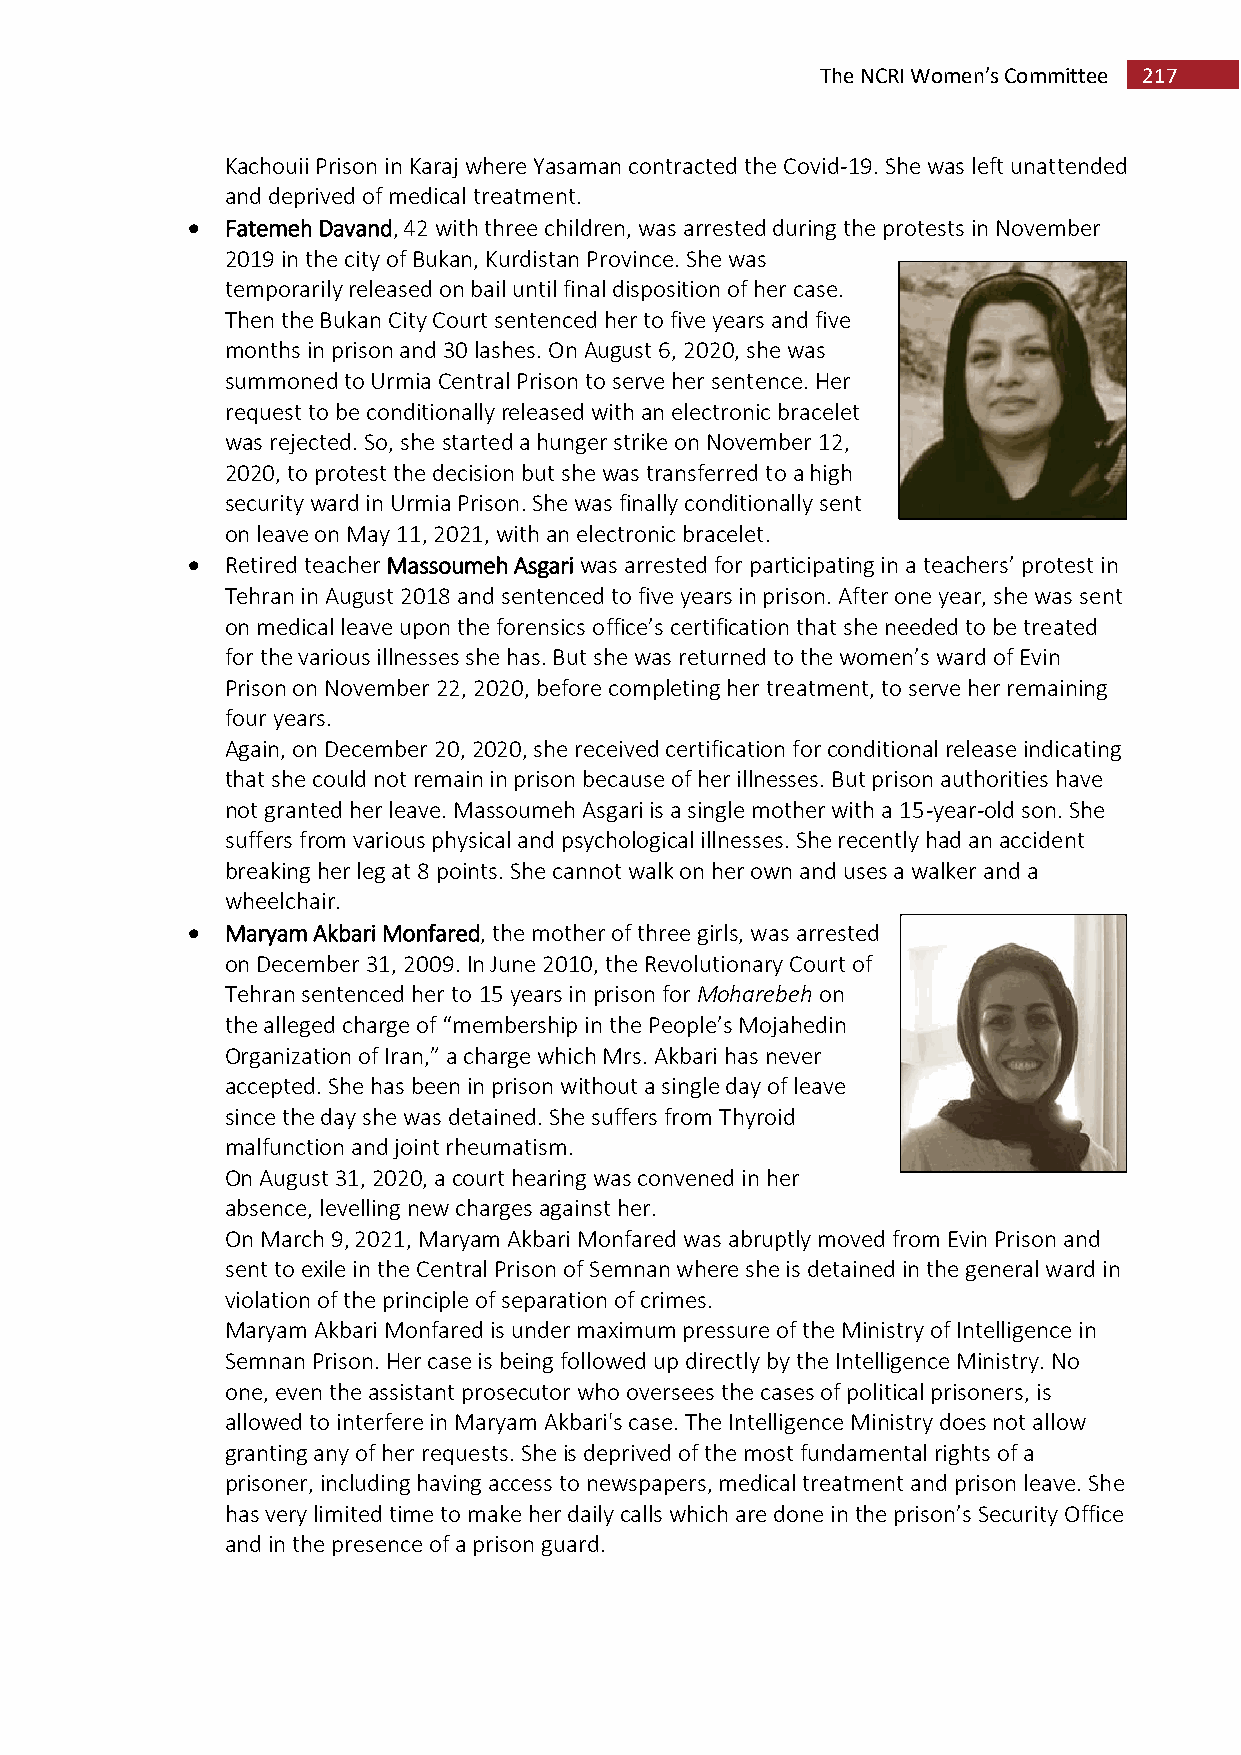
The NCRI Women’s Committee 217
 Kachouii Prison in Karaj where Yasaman contracted the Covid-19. She was left unattended
 and deprived of medical treatment.
   Fatemeh Davand, 42 with three children, was arrested during the protests in November
 2019 in the city of Bukan, Kurdistan Province. She was
 temporarily released on bail until final disposition of her case.
 Then the Bukan City Court sentenced her to five years and five
 months in prison and 30 lashes. On August 6, 2020, she was
 summoned to Urmia Central Prison to serve her sentence. Her
 request to be conditionally released with an electronic bracelet
 was rejected. So, she started a hunger strike on November 12,
 2020, to protest the decision but she was transferred to a high
 security ward in Urmia Prison. She was finally conditionally sent
 on leave on May 11, 2021, with an electronic bracelet.
   Retired teacher Massoumeh Asgari was arrested for participating in a teachers’ protest in
 Tehran in August 2018 and sentenced to five years in prison. After one year, she was sent
 on medical leave upon the forensics office’s certification that she needed to be treated
 for the various illnesses she has. But she was returned to the women’s ward of Evin
 Prison on November 22, 2020, before completing her treatment, to serve her remaining
 four years.
 Again, on December 20, 2020, she received certification for conditional release indicating
 that she could not remain in prison because of her illnesses. But prison authorities have
 not granted her leave. Massoumeh Asgari is a single mother with a 15-year-old son. She
 suffers from various physical and psychological illnesses. She recently had an accident
 breaking her leg at 8 points. She cannot walk on her own and uses a walker and a
 wheelchair.
   Maryam Akbari Monfared, the mother of three girls, was arrested
 on December 31, 2009. In June 2010, the Revolutionary Court of
 Tehran sentenced her to 15 years in prison for Moharebeh on
 the alleged charge of “membership in the People’s Mojahedin
 Organization of Iran,” a charge which Mrs. Akbari has never
 accepted. She has been in prison without a single day of leave
 since the day she was detained. She suffers from Thyroid
 malfunction and joint rheumatism.
 On August 31, 2020, a court hearing was convened in her
 absence, levelling new charges against her.
 On March 9, 2021, Maryam Akbari Monfared was abruptly moved from Evin Prison and
 sent to exile in the Central Prison of Semnan where she is detained in the general ward in
 violation of the principle of separation of crimes.
 Maryam Akbari Monfared is under maximum pressure of the Ministry of Intelligence in
 Semnan Prison. Her case is being followed up directly by the Intelligence Ministry. No
 one, even the assistant prosecutor who oversees the cases of political prisoners, is
 allowed to interfere in Maryam Akbari's case. The Intelligence Ministry does not allow
 granting any of her requests. She is deprived of the most fundamental rights of a
 prisoner, including having access to newspapers, medical treatment and prison leave. She
 has very limited time to make her daily calls which are done in the prison’s Security Office
 and in the presence of a prison guard.